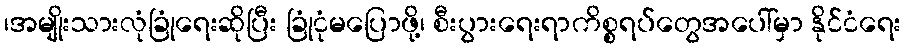
၊အမျိုးသားလုံခြုံရေးဆိုပြီး ခြုံငုံမပြောဖို့၊ စီးပွားရေးရာကိစ္စရပ်တွေအပေါ်မှာ နိုင်ငံရေး